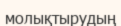
молықтырудың